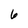
Character: 6